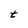
Character: t